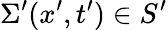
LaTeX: \Sigma^{\prime}(x^{\prime},t^{\prime})\in S^{\prime}